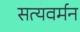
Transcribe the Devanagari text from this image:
सत्यवर्मन